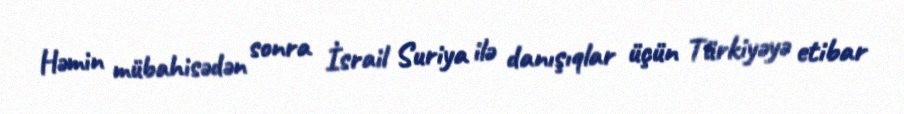
Həmin mübahisədən sonra İsrail Suriya ilə danışıqlar üçün Türkiyəyə etibar